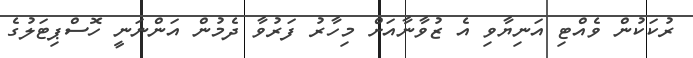
ރުކަކުން ވެއްޓި އަނިޔާވި އެ ޒުވާނާއަށް މިހާރު ފަރުވާ ދެމުން އަންނަނީ ހޮސްޕިޓަލުގެ